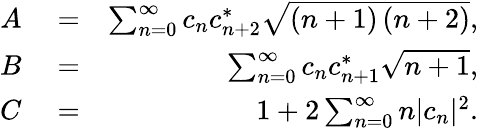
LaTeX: \begin{array}{rlr}{A}&{{}=}&{\sum_{n=0}^{\infty}c_{n}c_{n+2}^{*}\sqrt{\left(n+1\right)\left(n+2\right)},}\\ {B}&{{}=}&{\sum_{n=0}^{\infty}c_{n}c_{n+1}^{*}\sqrt{n+1},}\\ {C}&{{}=}&{1+2\sum_{n=0}^{\infty}n|c_{n}|^{2}.}\end{array}